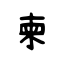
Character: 柬